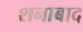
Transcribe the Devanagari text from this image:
शनाबाद